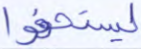
ليستخفوا